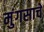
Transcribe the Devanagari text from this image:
मुंगसाचे